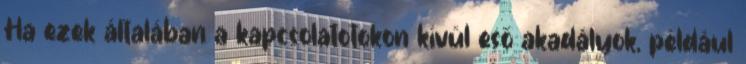
Ha ezek általában a kapcsolatotokon kívül eső akadályok, például